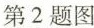
第2题图